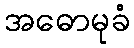
အဓောမုခံ